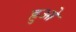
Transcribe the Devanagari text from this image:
ह्रुओ